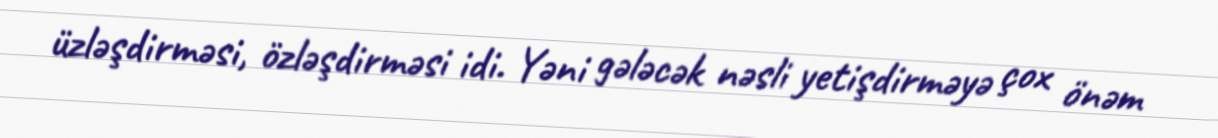
üzləşdirməsi, özləşdirməsi idi. Yəni gələcək nəsli yetişdirməyə çox önəm